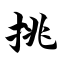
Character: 挑